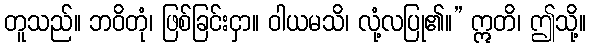
တူသည်။ ဘဝိတုံ၊ ဖြစ်ခြင်းငှာ။ ဝါယမသိ၊ လုံ့လပြု၏။” ဣတိ၊ ဤသို့။